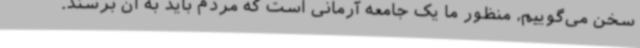
سخن می‌گوییم، منظور ما یک جامعه آرمانی است که مردم باید به آن برسند.